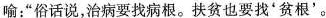
喻：”俗话说，治病要找病根。扶贫也要找'贫根'。